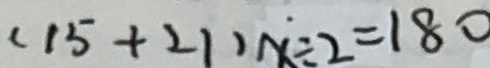
( 1 5 + 2 1 ) x \div 2 = 1 8 0